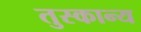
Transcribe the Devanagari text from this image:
तुस्कान्य